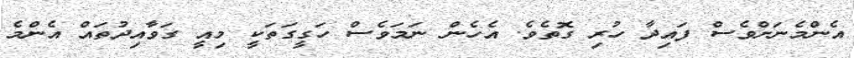
އެންމެނަށްވެސް ފައިދާ ހުރި ގޮތެވެ. އެހެން ނަމަވެސް ހަގީގަތަކީ މިއީ ގަވާއިދުތައް އެންމެ